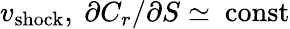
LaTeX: v_{\mathrm{shock}},~\partial C_{r}/\partial S\simeq~\mathrm{const}